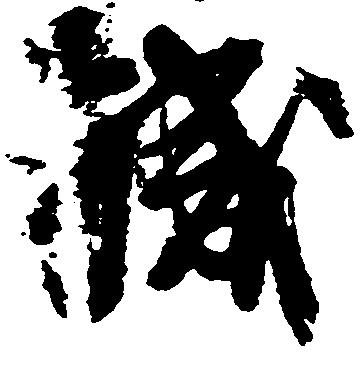
職